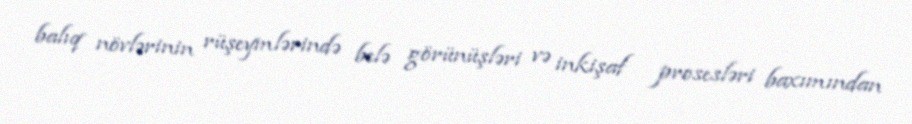
balıq növlərinin rüşeymlərində belə görünüşləri və inkişaf prosesləri baxımından